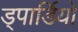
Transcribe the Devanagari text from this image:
ड्पार्डियो